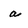
Character: a